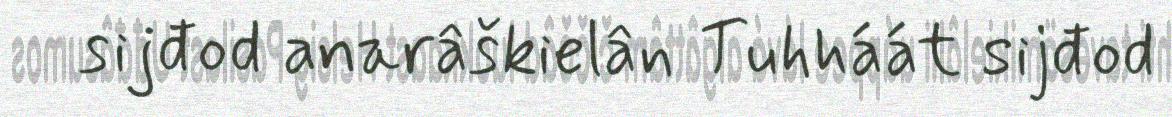
sijđod anarâškielân Tuhháát sijđod